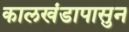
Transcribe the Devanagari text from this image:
कालखंडापासुन